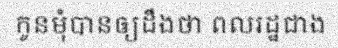
កូនមុំបានឲ្យដឹងថា ពលរដ្ឋជាង